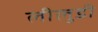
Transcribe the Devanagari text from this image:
लीलुडी